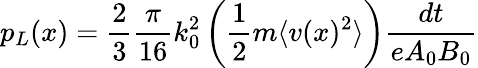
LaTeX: p_{L}(x)=\frac{2}{3}\frac{\pi}{16}k_{0}^{2}\left(\frac{1}{2}m\langle v(x)^{2}\rangle\right)\frac{dt}{eA_{0}B_{0}}